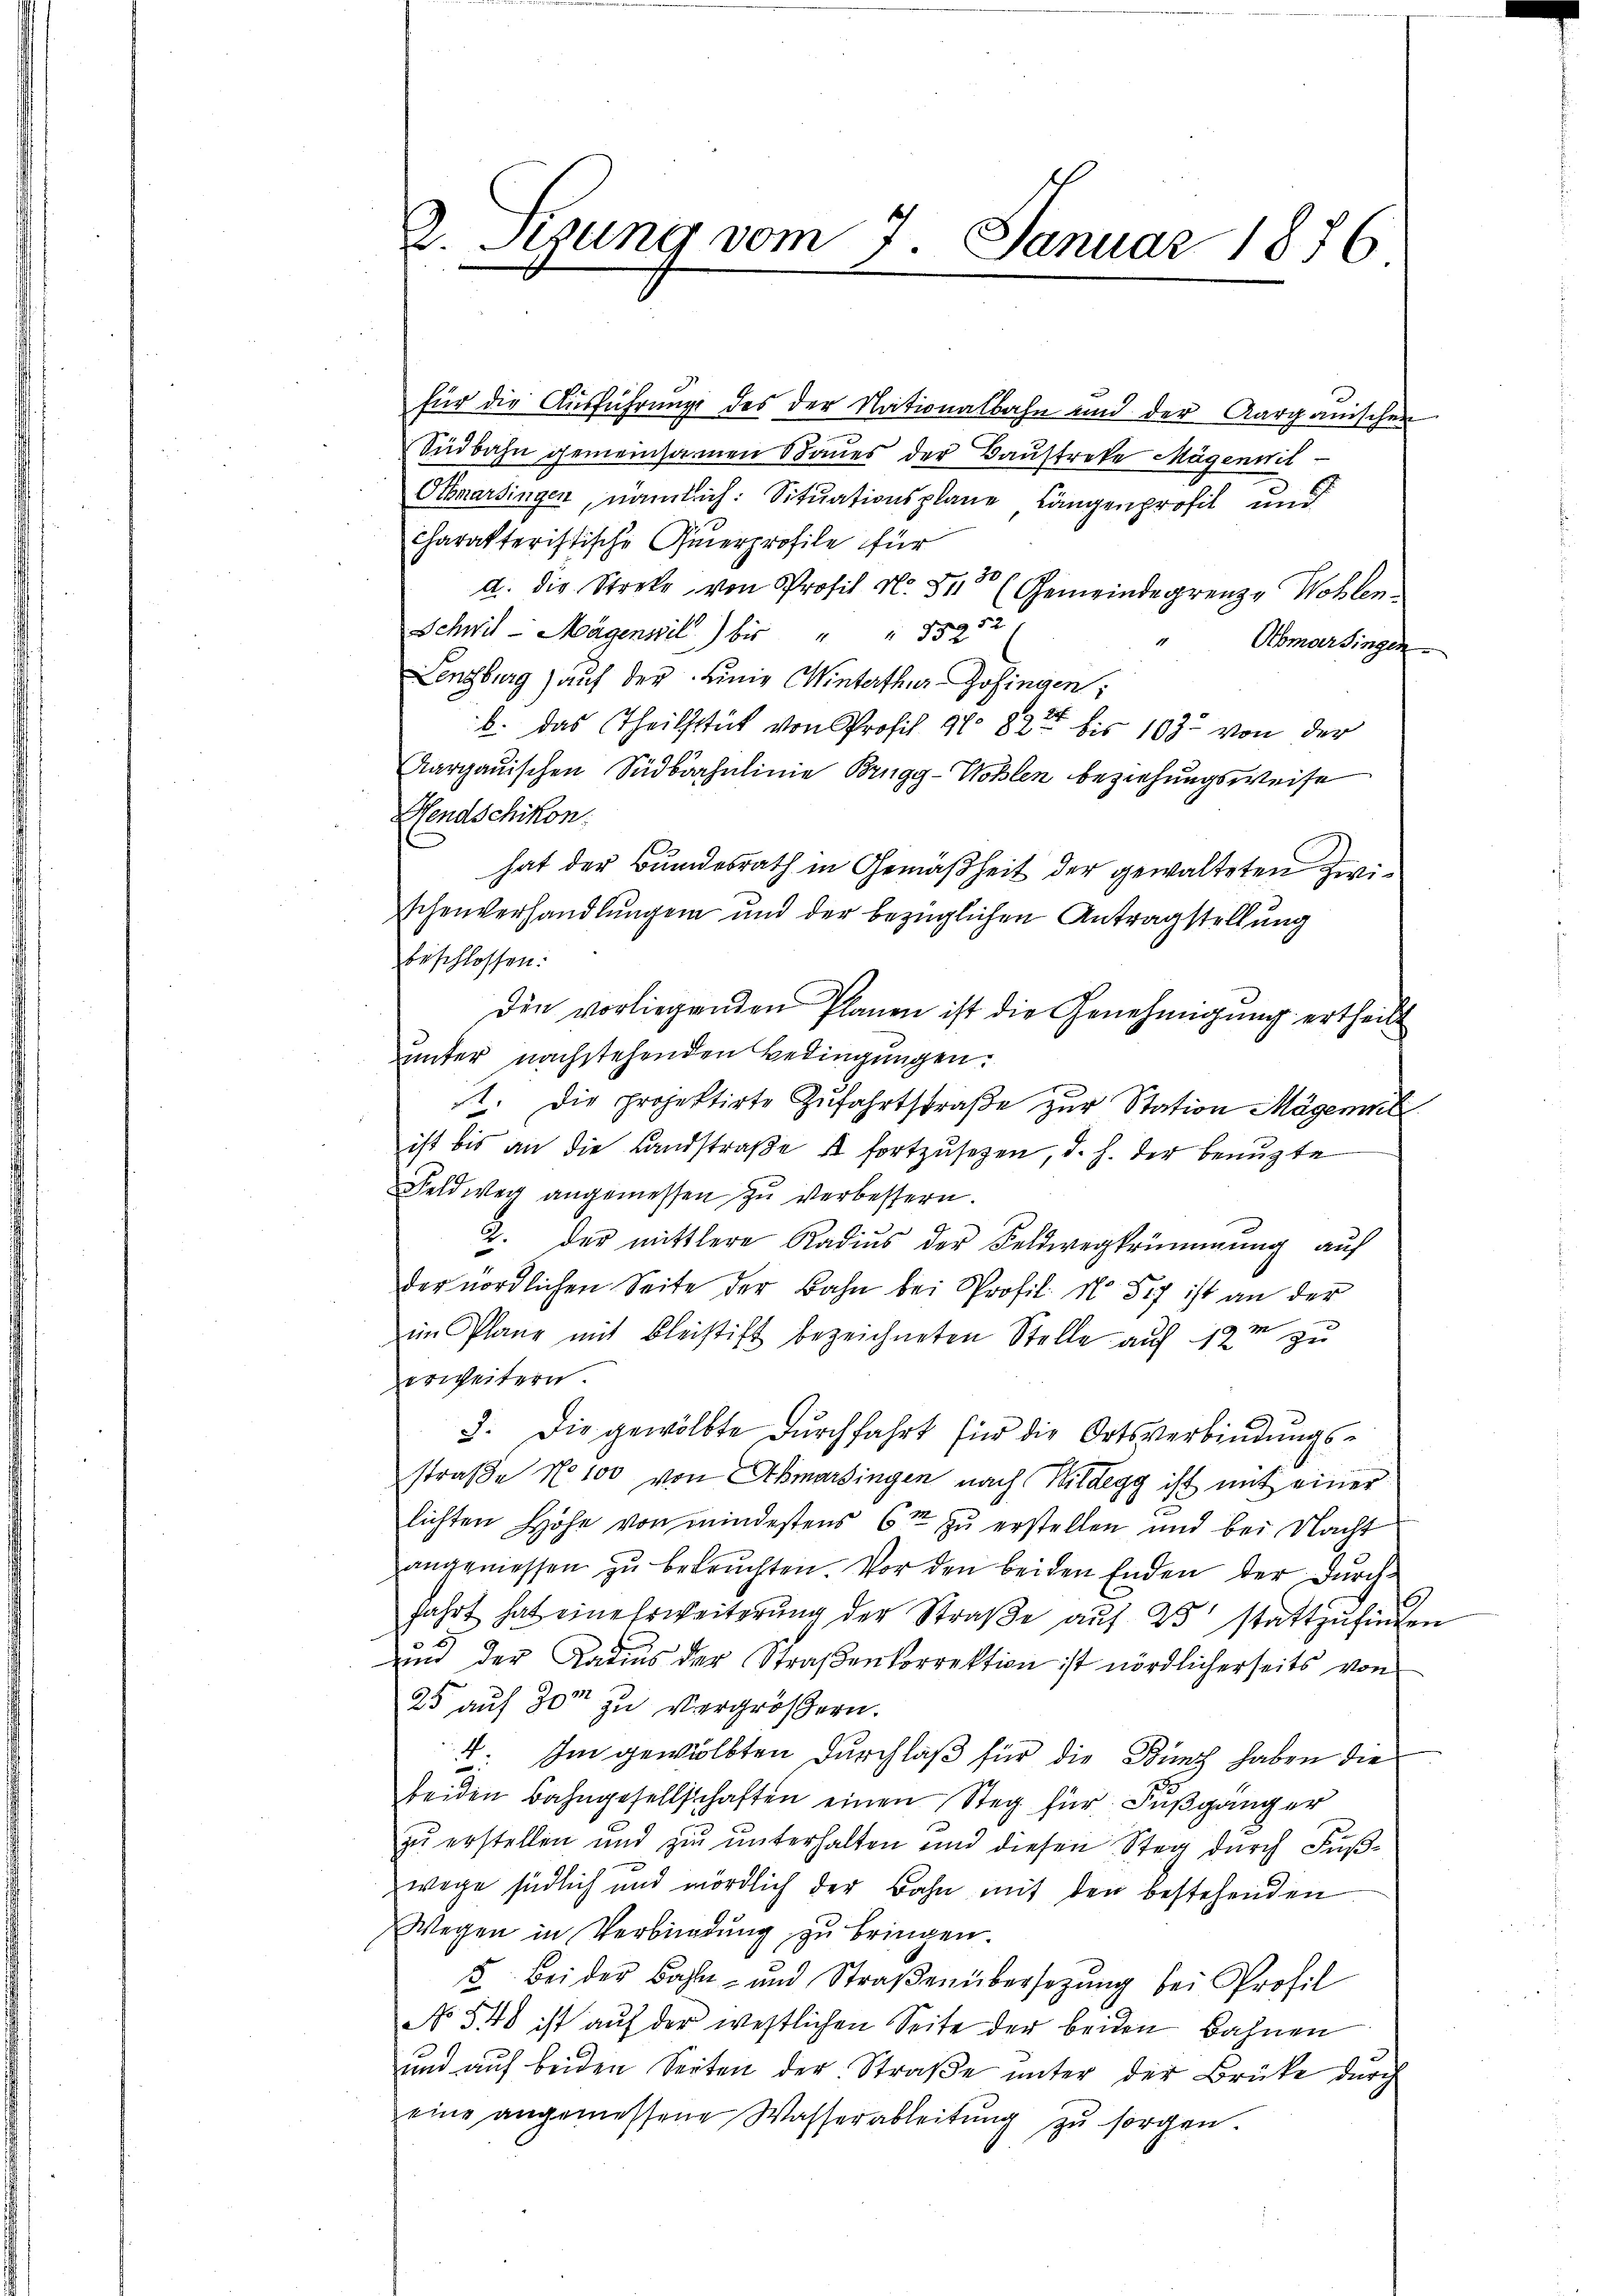
für die Ausführung des der Nationalbahn und der Aargauischen
Südbahn gemeinsamen Baues der Baustrete Mägennit
Otbmarsingen, nämlich: Situationsplane Längenprofil und
charakteristische Querprofile für
d. Die Streke, von Profil N. 34 (Gemeindegrenze Wohlen¬
Schwil-Mägensil) bis " " 15252
Abmarsingen
Lenzburg) auf der Linie Winterthur-Gösingen,
b. das Theilstück von Profil 91. 824 bis 103. von der
Aargauischen Südbärhulinie Brugg-Wohlen beziehungsweise
Hendschikon.
hat der Bundesrath in Gemäßheit der gewalteten zwischenverhandlungen und der bezüglichen Antragstellung
beschlossen:
die vorliegenden Planen ist die Genehmigŭng ertheilt
unter nachstehenden Bedingungen.
1. Die projektirte Zufahrtstraße zur Station Mägenm
ist bis an die Landstraβe u fortzusetzen, d. h. der benuzte
Feldweg angemessen zŭ verbessern.
2. der mittlere Radius der Feldwegkrümmung auf
der nördlichen Seite der Bahn bei Profil No 57 ist an der
im Plane mit Bleistift bezeichneten Stelle auf 12m zu
erweitern.
3. Die gewölbte dŭrchfahrt für die Ortsverbindŭngs-
straße No 100 von Abmarsingen nach Wildegg ist mit einer
lichten Höhe von mindestens 6m zu erstellen und bei Nacht
angeniessen zŭ beleŭchten. Vor den beiden Enden der durch
fahrt hat eine Erweiterung der Straße auf 23 stattzufinden
und der Datius der Straßenkorrektion ist nördlicherseits von
25 auf 30m zu vergrößern.
4
: Im gewölbten Durchlaß für die Bung haben die
beiden Bahngesellschaften einen Steg für Fußgang er
zu erstellen und zu unterhalten und diesen Steg durch Fußwege südlich und mördlich der Bahn mit den bestehenden
Wegen in Verbindung zu bringen.
5. Bei der Bahn- und Straβenübersetzŭng bei Profil
No 548 ist auf der westlichen Seite der beiden Bahnen
und auf beiden Seiten der Straße unter der Brüke durch
eine angemessene Wasserableitŭng zŭ sorgen.

2. Stung vom 7. Januar 1876